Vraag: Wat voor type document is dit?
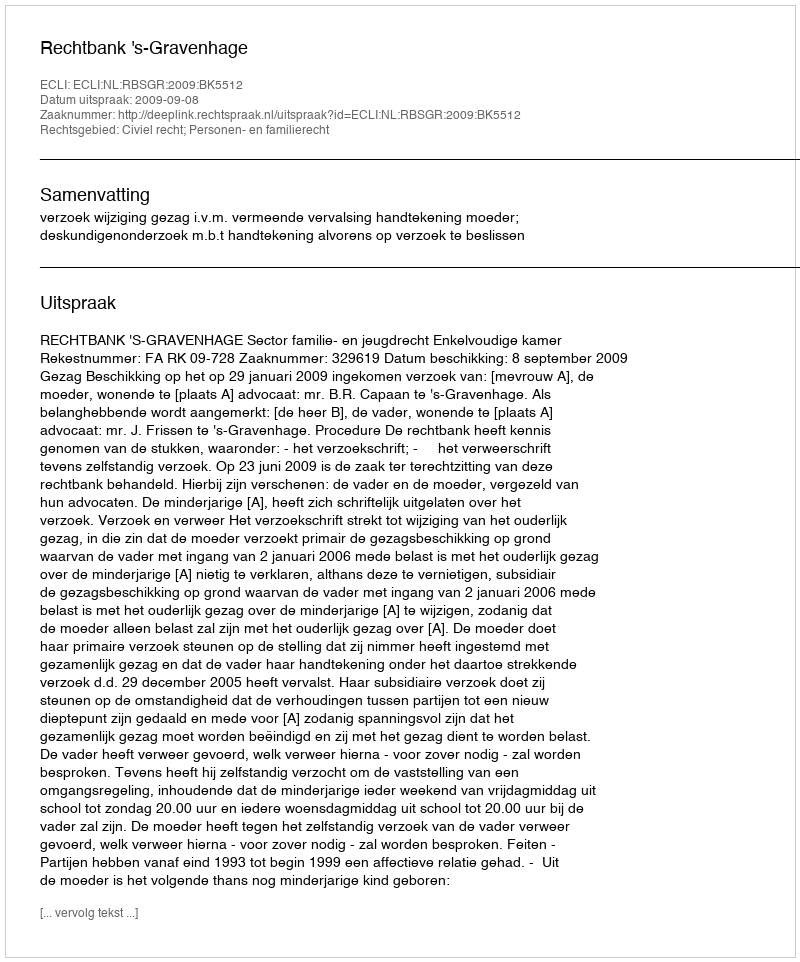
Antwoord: Uitspraak